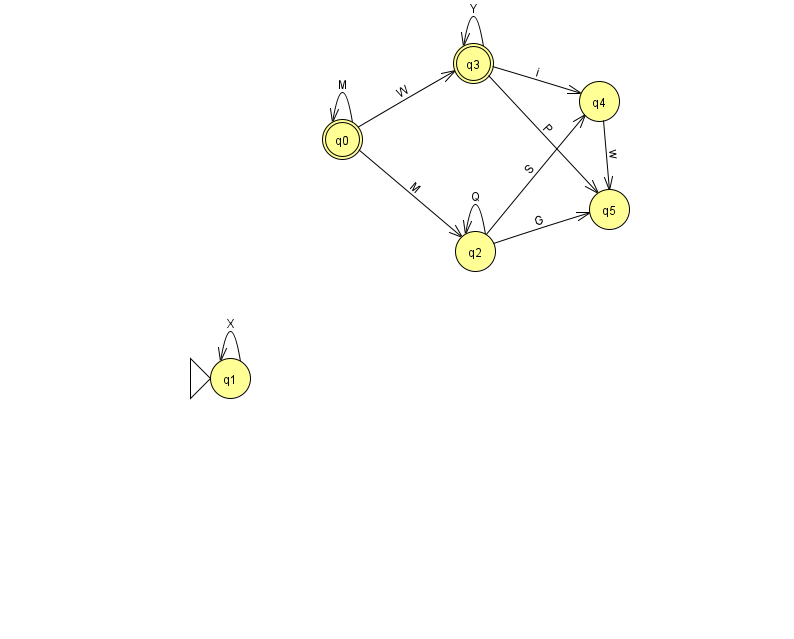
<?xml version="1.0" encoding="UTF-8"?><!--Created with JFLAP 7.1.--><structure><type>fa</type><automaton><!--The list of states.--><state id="0" name="q0"><x>342.0</x><y>126.0</y><final/></state><state id="1" name="q1"><x>230.0</x><y>365.0</y><initial/></state><state id="2" name="q2"><x>475.0</x><y>238.0</y></state><state id="3" name="q3"><x>473.0</x><y>50.0</y><final/></state><state id="4" name="q4"><x>599.0</x><y>88.0</y></state><state id="5" name="q5"><x>609.0</x><y>196.0</y></state><!--The list of transitions.--><transition><from>2</from><to>2</to><read>Q</read></transition><transition><from>2</from><to>5</to><read>G</read></transition><transition><from>1</from><to>1</to><read>X</read></transition><transition><from>0</from><to>2</to><read>M</read></transition><transition><from>0</from><to>3</to><read>W</read></transition><transition><from>3</from><to>3</to><read>Y</read></transition><transition><from>4</from><to>5</to><read>w</read></transition><transition><from>0</from><to>0</to><read>M</read></transition><transition><from>2</from><to>4</to><read>S</read></transition><transition><from>3</from><to>4</to><read>i</read></transition><transition><from>3</from><to>5</to><read>P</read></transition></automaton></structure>